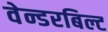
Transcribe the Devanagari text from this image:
वेन्डरबिल्ट